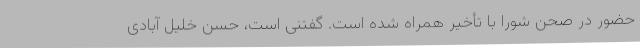
حضور در صحن شورا با تأخیر همراه شده است. گفتنی است، حسن خلیل آبادی